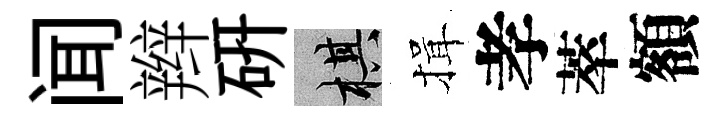
闻辫硏棋揖孝萃額